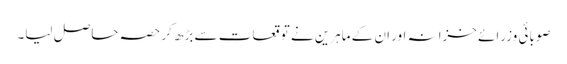
صوبائی وزرائے خزانہ اور ان کے ماہرین نے توقعات سے بڑھ کر حصہ حاصل لیا۔